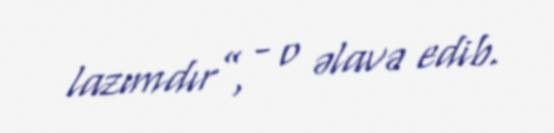
lazımdır”, - o əlavə edib.